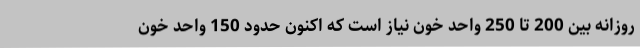
روزانه بین 200 تا 250 واحد خون نیاز است که اکنون حدود 150 واحد خون